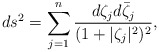
\begin{align*}d s^2 = \sum_{j = 1}^n \frac{d \zeta_j d \bar{\zeta}_j}{(1 +|\zeta_j|^2)^2},\end{align*}